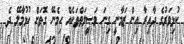
ކުޅިވަރުގެ ދާއިރާ އިން ޒަމާނީ ގިނަ ވަސީލަތްތަކެއް ހިމެނޭ ގޮތަށް ހުޅުމާލޭ ދެ